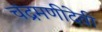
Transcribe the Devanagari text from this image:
चंद्रमणीदेवी